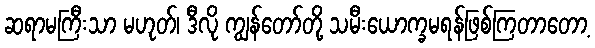
ဆရာမကြီးသာ မဟုတ်၊ ဒီလို ကျွန်တော်တို့ သမီးယောက္ခမရန်ဖြစ်ကြတာတော့